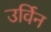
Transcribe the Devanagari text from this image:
उर्विन